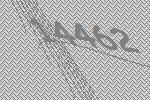
14462